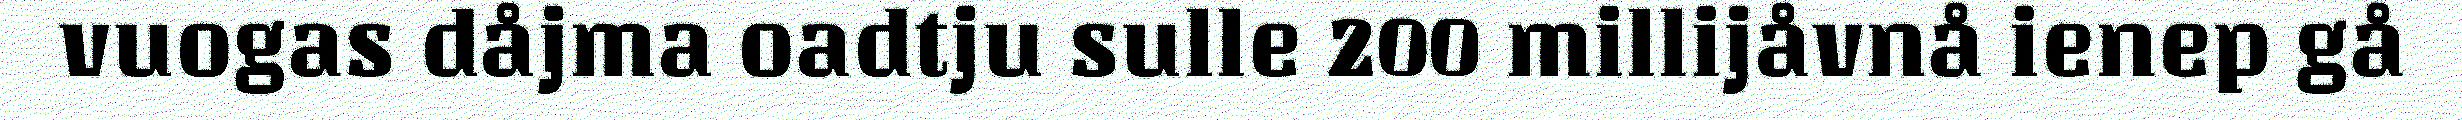
vuogas dåjma oadtju sulle 200 millijåvnå ienep gå